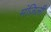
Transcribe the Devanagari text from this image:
मंज़िली